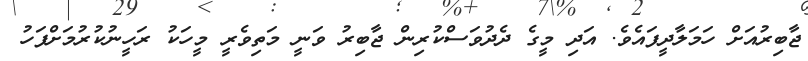
ޖާބިރުއަށް ހަމަލާދީފައެވެ. އަދި މީގެ ދެދުވަސްކުރިން ޖާބިރު ވަނީ މަތިވެރީ މީހަކު ރަހީނުކުރުމަށްފަހު